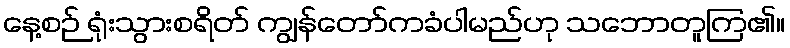
နေ့စဉ် ရုံးသွားစရိတ် ကျွန်တော်ကခံပါမည်ဟု သဘောတူကြ၏။